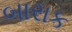
બારાક